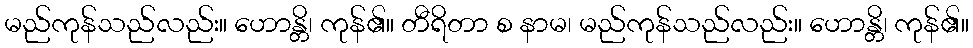
မည်ကုန်သည်လည်း။ ဟောန္တိ၊ ကုန်၏။ တီရိတာ စ နာမ၊ မည်ကုန်သည်လည်း။ ဟောန္တိ၊ ကုန်၏။